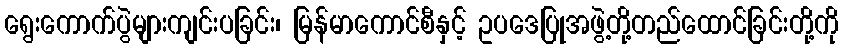
ရွေးကောက်ပွဲများကျင်းပခြင်း၊ မြန်မာကောင်စီနှင့် ဥပဒေပြုအဖွဲ့တို့တည်ထောင်ခြင်းတို့ကို